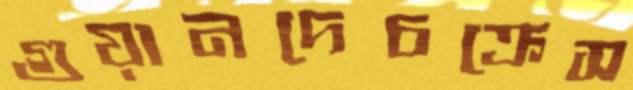
গুয়ানদেচক্রেস